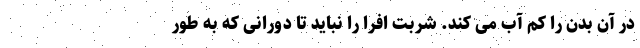
در آن بدن را کم آب می کند. شربت افرا را نباید تا دورانی که به طور